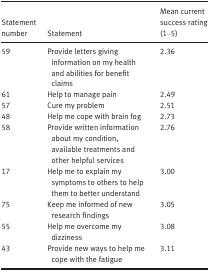
<table><thead><tr><td><b>Statement number</b></td><td><b>Statement</b></td><td><b>Mean current success rating (1–5)</b></td></tr></thead><tbody><tr><td>59</td><td>Provide letters giving information on my health and abilities for benefit claims</td><td>2.36</td></tr><tr><td>61</td><td>Help to manage pain</td><td>2.49</td></tr><tr><td>57</td><td>Cure my problem</td><td>2.51</td></tr><tr><td>48</td><td>Help me cope with brain fog</td><td>2.73</td></tr><tr><td>58</td><td>Provide written information about my condition, available treatments and other helpful services</td><td>2.76</td></tr><tr><td>17</td><td>Help me to explain my symptoms to others to help them to better understand</td><td>3.00</td></tr><tr><td>75</td><td>Keep me informed of new research findings</td><td>3.05</td></tr><tr><td>55</td><td>Help me overcome my dizziness</td><td>3.08</td></tr><tr><td>43</td><td>Provide new ways to help me cope with the fatigue</td><td>3.11</td></tr></tbody></table>